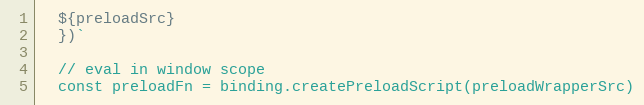
Language: JavaScript
  ${preloadSrc}
  })`

  // eval in window scope
  const preloadFn = binding.createPreloadScript(preloadWrapperSrc)